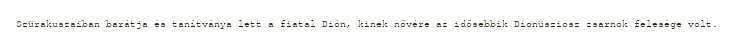
Szürakuszaiban barátja és tanítványa lett a fiatal Dión, kinek nővére az idősebbik Dionüsziosz zsarnok felesége volt.